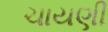
ચાયણી